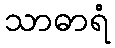
သာဓာရံ